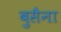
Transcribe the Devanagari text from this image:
बुसैना